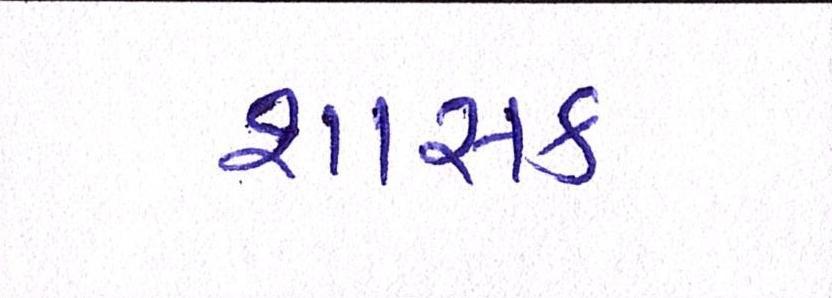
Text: શાસક